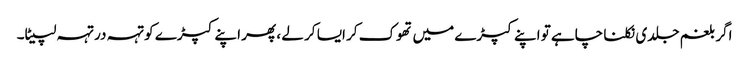
اگر بلغم جلدی نکلنا چاہے تو اپنے کپڑے میں تھوک کر ایسا کر لے ، پھر اپنے کپڑے کو تہہ در تہہ لپیٹا۔